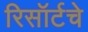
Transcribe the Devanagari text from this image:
रिसॉर्टचे